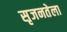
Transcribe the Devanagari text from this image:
सृजनतेला